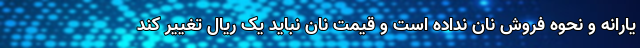
یارانه و نحوه فروش نان نداده است و قیمت نان نباید یک ریال تغییر کند